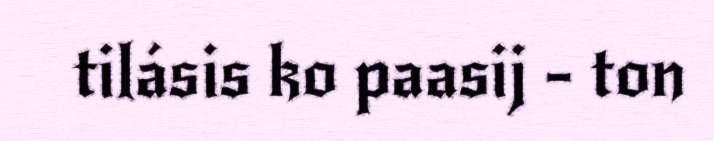
tilásis ko paasij - ton